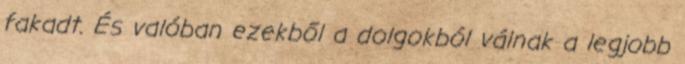
fakadt. És valóban ezekből a dolgokból válnak a legjobb